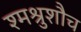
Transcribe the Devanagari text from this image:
श्मश्रुशौच